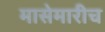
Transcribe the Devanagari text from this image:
मासेमारीच